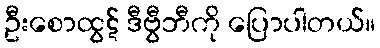
ဦးစောထွဋ် ဒီဗွီဘီကို ပြောပါတယ်။